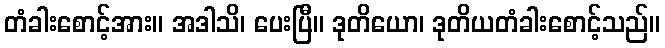
တံခါးစောင့်အား။ အဒါသိ၊ ပေးပြီ။ ဒုတိယော၊ ဒုတိယတံခါးစောင့်သည်။